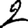
Digit: 2